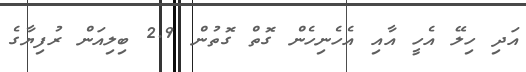
އަދި ހިލޭ އެހީ އާއި އެހެނިހެން ގޮތް ގޮތުން 2.9 ބިލިއަން ރުފިޔާގެ